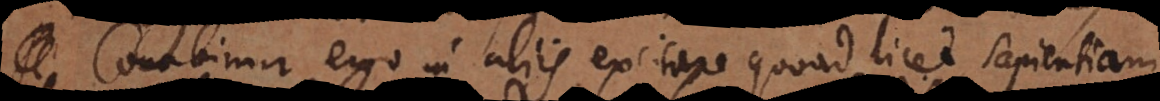
Conabimur ergo in aliis excitare quoad licet sapientiam